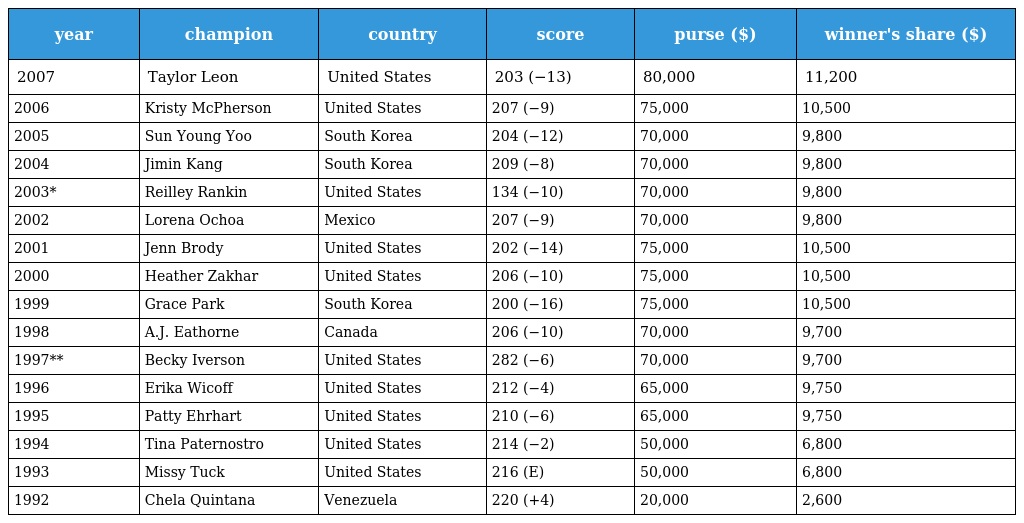
| year | champion | country | score | purse ($) | winner's share ($) |
 | --- | --- | --- | --- | --- | --- |
 | 2007 | Taylor Leon | United States | 203 (−13) | 80,000 | 11,200 |
 | 2006 | Kristy McPherson | United States | 207 (−9) | 75,000 | 10,500 |
 | 2005 | Sun Young Yoo | South Korea | 204 (−12) | 70,000 | 9,800 |
 | 2004 | Jimin Kang | South Korea | 209 (−8) | 70,000 | 9,800 |
 | 2003* | Reilley Rankin | United States | 134 (−10) | 70,000 | 9,800 |
 | 2002 | Lorena Ochoa | Mexico | 207 (−9) | 70,000 | 9,800 |
 | 2001 | Jenn Brody | United States | 202 (−14) | 75,000 | 10,500 |
 | 2000 | Heather Zakhar | United States | 206 (−10) | 75,000 | 10,500 |
 | 1999 | Grace Park | South Korea | 200 (−16) | 75,000 | 10,500 |
 | 1998 | A.J. Eathorne | Canada | 206 (−10) | 70,000 | 9,700 |
 | 1997** | Becky Iverson | United States | 282 (−6) | 70,000 | 9,700 |
 | 1996 | Erika Wicoff | United States | 212 (−4) | 65,000 | 9,750 |
 | 1995 | Patty Ehrhart | United States | 210 (−6) | 65,000 | 9,750 |
 | 1994 | Tina Paternostro | United States | 214 (−2) | 50,000 | 6,800 |
 | 1993 | Missy Tuck | United States | 216 (E) | 50,000 | 6,800 |
 | 1992 | Chela Quintana | Venezuela | 220 (+4) | 20,000 | 2,600 |